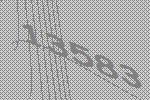
13583